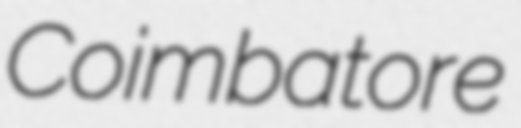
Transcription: Coimbatore